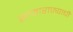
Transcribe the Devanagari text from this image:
सामाराज्याची